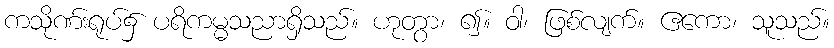
ကသိုဏ်းရုပ်၌ ပရိကမ္မသညာရှိသည်။ ဟုတွာ၊ ၍။ ဝါ၊ ဖြစ်လျက်။ ဧကော၊ သူသည်။